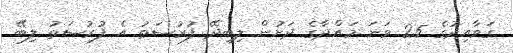
ގަވާއިދުގެ 25 ވަނަ މައްދާގެ ދަށުން ލިބިދޭ ފުރުސަތު އެ ފުރުސަތު ލިބޭ